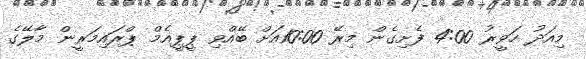
މިއަދު ހަވީރު 4:00 ފެށިގެން މިރޭ 10:00އަށް ބޭއްވި ޕީޕީއެމް ޕްރައިމަރީން މާލޭގެ